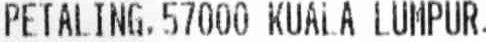
PETALING, 57000 KUALA LUMPUR.